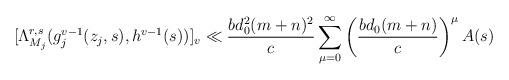
LaTeX: \begin{align*}[\Lambda_{M_j}^{r,s}(g_j^{v-1}(z_j,s),h^{v-1}(s))]_v\ll \frac{bd_0^2(m+n)^2}{c}\sum_{\mu=0}^\infty\left(\frac{bd_0(m+n)}{c}\right)^\mu A(s)\end{align*}